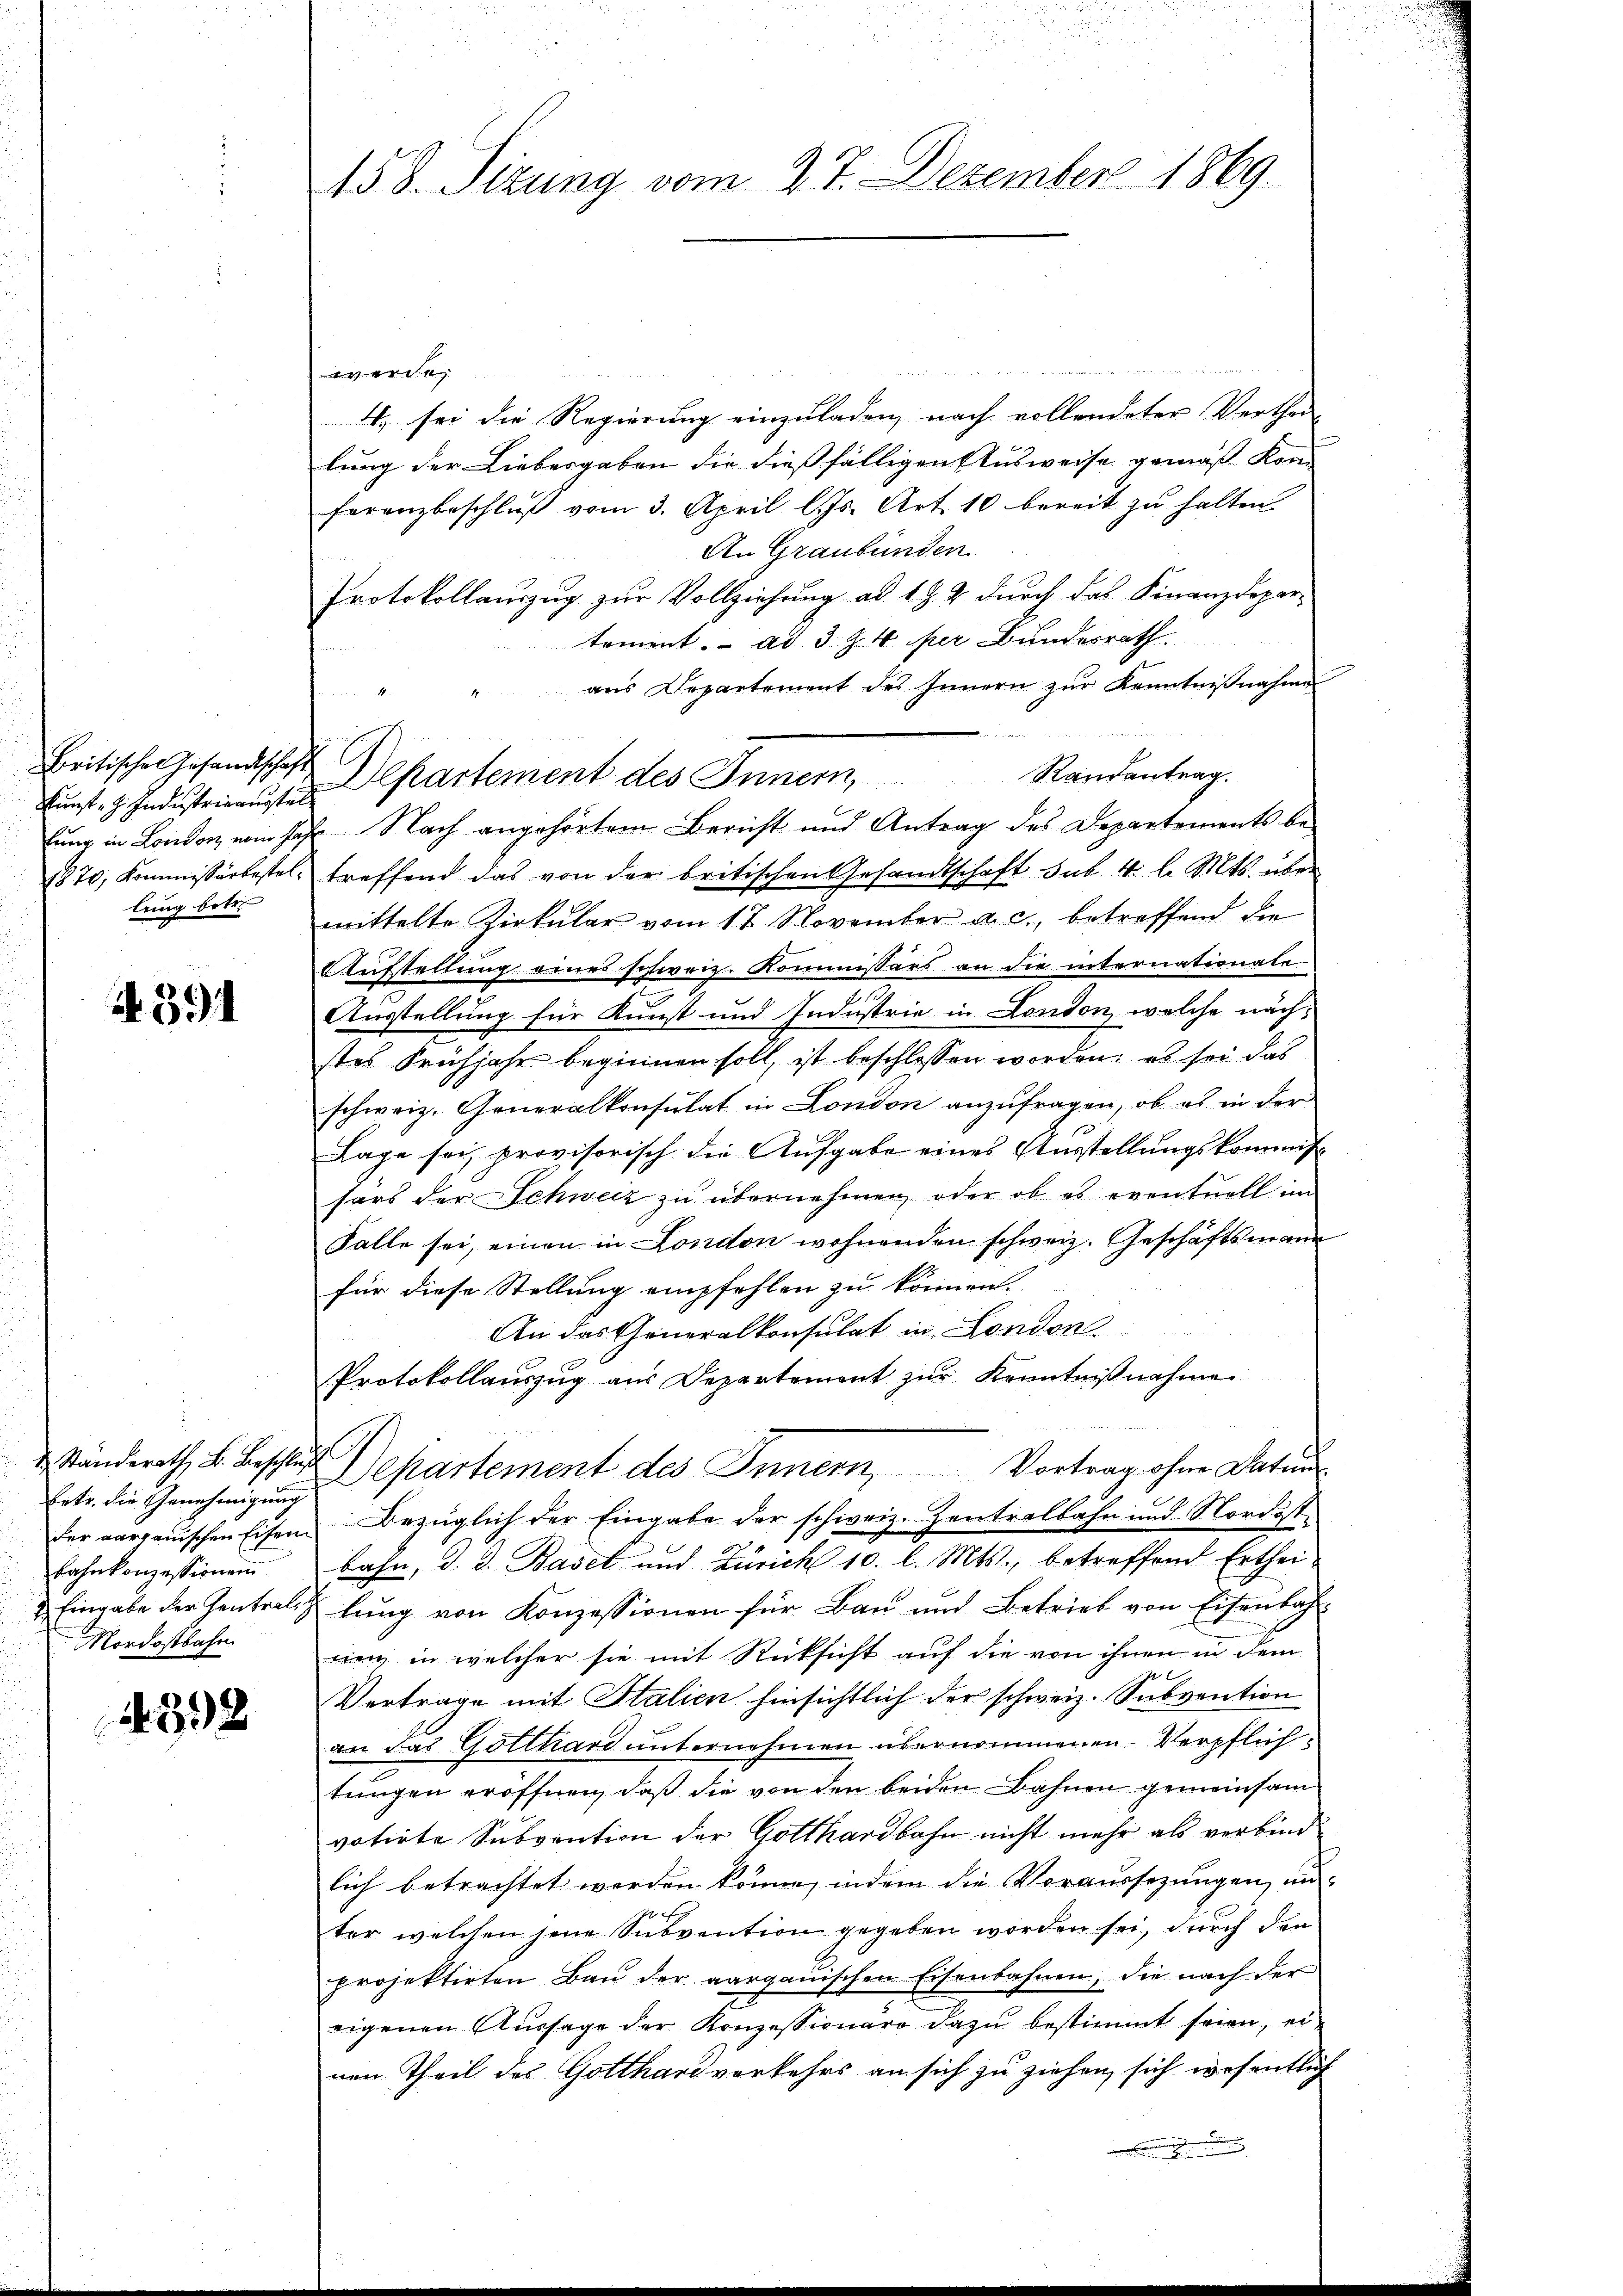
kunst. H. Industrigensstell
lung in London vom Jah¬
1870, Kommissär bestellung betr.

A 391

Ständerath B. Beschlu
betr. die Genehmigung
der aargauischen Eisen
bahnkonzessionen
2. Eingabe der Zentrali
Mordostbahn

392

158. Sizung vom 27. Dezember 1869.

werden
4. sei die Regierung einzuladen, nach vollendeter Verthei
lung der Liebesgaben die dießfälligen Ausweise gemäß kom-
feranzbeschlŭβ vom 3. April l. Js. Art. 10 bereit zŭ halten.
An Graubünden.
Protokollauszug zur Vollziehung ad 1 § 2 durch das Finanzdepar-
tement. ad 3 Z. 4. per Bundesrath.
aus Departement des Innern zur Kenntnißnahme
Randantrag.
 Nach angehörtem Bericht und Antrag des Departements betreffend das von der britischen Gesandtschaft sub. 4. l. Mts. über
mittelte Zirkŭlar vom 17. November a. c., betreffend die
Aufstellung eines schweiz. Kommissärs an die internationale
Ausstellung für Kunst und Industrie in Conton, welche nach-
stes Frühjahr beginnen soll, ist beschlossen worden; es sei das
schweiz. Generalkonsulat in London anzufragen, ob es in der
Lage sei, provisorisch die Aufgabe eines Ausstellungskommis
sars der Schweiz zu übernehmen, oder ob es eventuell im
Falle sei, einen in London wohnenden schweiz. Geschäftsmann
für diese Stellung empfehlen zu können.
An das Generalkonsulat in London
Protokollauszug aus Departement zur Kenntnißnahme
ich
Departement des Innern, Vortrag ohne Datum
Bezüglich der Eingabe der schweiz. Zentralbahn und Nordostbahn, d. d. Basel und Zürich 10. l. Mts., betreffend Erthei-
lung von Konzessionen für Bau und Betrieb von Eisenbah
rien in welcher sie mit Rücksicht auf die von ihnen in dem
Vertrage mit Italien hinsichtlich der schweiz. Subvention
an das Gotthard unternehmen übernommenen Verpflichtungen eröffnen, daß die von den beiden Bahnen gemeinsam
votirte Subvention der Gotthardbahn nicht mehr als verbindlich betrachtet worden könne, indem die Voraussezungen, un
ter welchen jene Subvention gegeben worden sei, durch den
projektirten Baŭ der aargauischen Eisenbahnen, die nach der
eigenen Aussage der Konzessionare dazu bestimmt seien, einen Theil des Gotthard verkehrs an sich zu ziehen, sich wesentlich

Britische Gesandtschaft Departement des Innern,